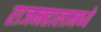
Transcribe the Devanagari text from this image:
राजमहालामध्ये